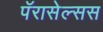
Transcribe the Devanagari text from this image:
पॅरासेल्सस